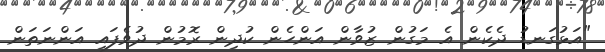
"އަޅުގަނޑު ދެކެން އެ މަގުން ޒުވާން އަންހެން ކުދިން ރޮމުން ދުވެފައި އަންނަތަން